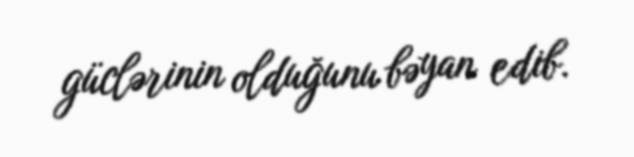
güclərinin olduğunu bəyan edib.